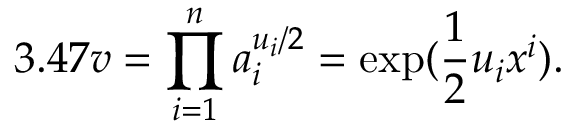
3 . 4 7 v = \prod _ { i = 1 } ^ { n } a _ { i } ^ { u _ { i } / 2 } = \exp ( \frac { 1 } { 2 } u _ { i } x ^ { i } ) .